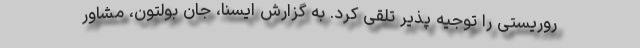
روریستی را توجیه پذیر تلقی کرد. به گزارش ایسنا، جان بولتون، مشاور